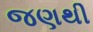
જણથી